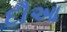
દૌઆ